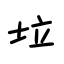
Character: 垃